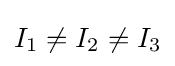
I_{1}\neq I_{2}\neq I_{3}